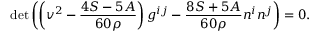
{ \operatorname* { d e t } } \left( \left( v ^ { 2 } - \frac { 4 S - 5 A } { 6 0 \rho } \right) g ^ { i j } - \frac { 8 S + 5 A } { 6 0 \rho } n ^ { i } n ^ { j } \right) = 0 .